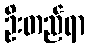
ဦးတည်ရာ